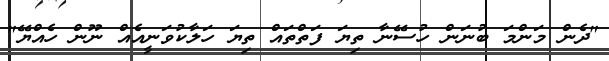
"ދެން މަންމަ ބުނަން ހުސޭނާ ތިޔަ ފަތްތައް ތިޔަ ހަލާކުވަނީއެއް ނޫން ހެއްޔޭ"